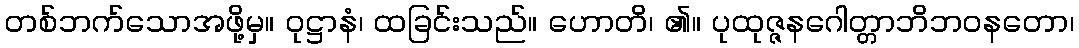
တစ်ဘက်သောအဖို့မှ။ ဝုဋ္ဌာနံ၊ ထခြင်းသည်။ ဟောတိ၊ ၏။ ပုထုဇ္ဇနဂေါတ္တာဘိဘဝနတော၊